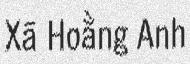
Xã Hoằng Anh